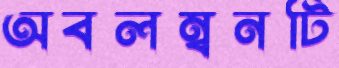
অবলম্বনটি